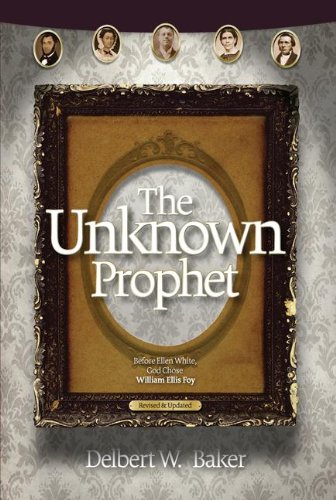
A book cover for The Unknown Prophet; Delbert W. Baker; Christian Books & Bibles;